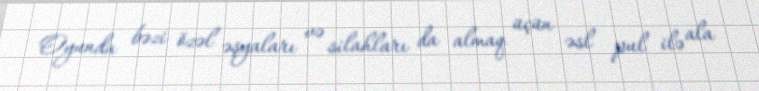
Oyunda bəzi özəl əşyaları və silahları da almaq üçün əsl pul ilə ala